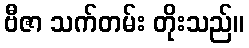
ဗီဇာ သက်တမ်း တိုးသည်။